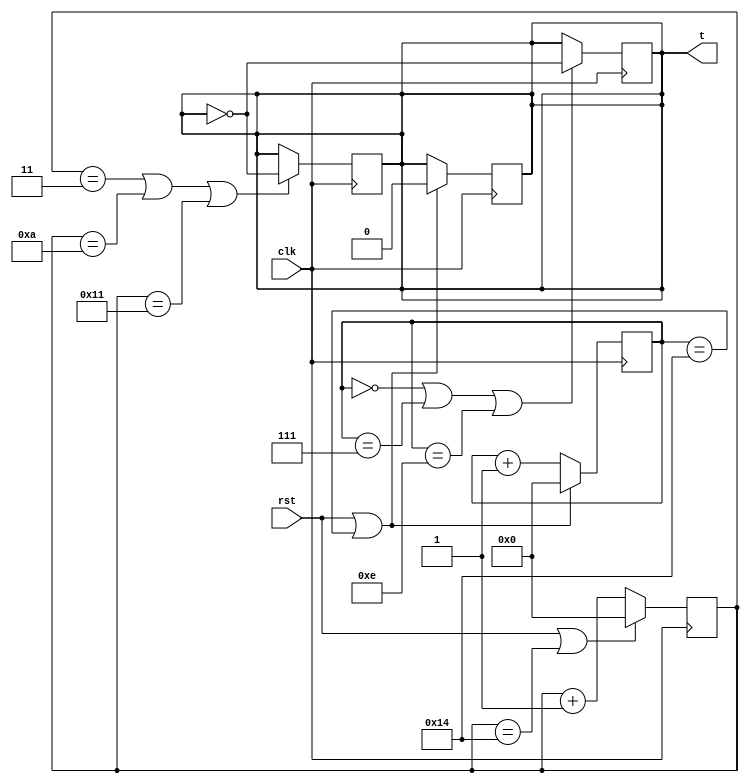
// Code your design here
module div_7(t,clk,rst);
  input clk,rst;
  output reg t;
  reg [4:0] count1,count2;
  always@(posedge clk)
    if (rst || count1==5'b10100)
      begin
      t <= 0;
      count1 <=0 ; 
      end
    else
      count1 <=  count1 + 1;
  always@(negedge clk)
    if (rst || count2==5'b10100)
      count2 <=0 ; 
    else
       count2 <=  count2 + 1;
       always@(posedge clk )
      if (count1 ==5'b00000 || count1==5'b00111 || count1==5'b01110)
             t = ~t;
       always@(negedge clk )
    if (count2 == 5'b00011 || count2==5'b01010 || count2==5'b10001 )
            t = ~t;         
endmodule